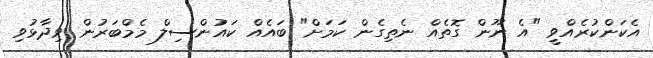
އެކަންކުރެއްވީ "އެ ނޫން ގޮތެއް ނެތިގެން ކަމަށް" ބައެއް ކައުންސިލް މެމްބަރުން ވިދާޅުވި